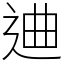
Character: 䢗